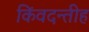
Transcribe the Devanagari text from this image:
किंवदन्तीह